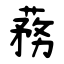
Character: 蓩